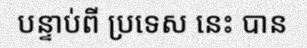
បន្ទាប់ពី ប្រទេស នេះ បាន